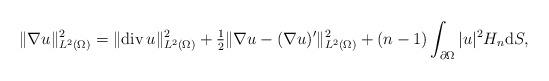
LaTeX: \begin{align*}\|\nabla u\|_{L^{2}(\Omega)}^{2} = \|\mathrm{div}\, u\|_{L^{2}(\Omega)}^{2} + \tfrac{1}{2} \|\nabla u - (\nabla u)'\|_{L^{2}(\Omega)}^{2}+ (n - 1) \int_{\partial \Omega} |u|^{2} H_{n} \mathrm{d}S,\end{align*}